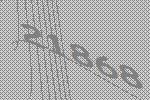
21868